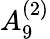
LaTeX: {A}_{9}^{(2)}